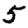
Digit: 5